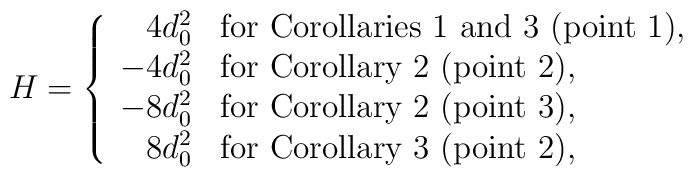
H = \left\{\begin{array}{rl}4d^{2}_{0} & {\mbox{\rm for Corollaries 1 and 3 (point 1),}} \\-4d^{2}_{0} & {\mbox{\rm for Corollary 2 (point 2),}} \\-8d^{2}_{0} & {\mbox{\rm for Corollary 2 (point 3),}} \\8d^{2}_{0} & {\mbox{\rm for Corollary 3 (point 2),}}\end{array} \right.